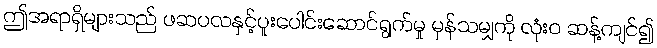
ဤအရာရှိများသည် ဖဆပလနှင့်ပူးပေါင်းဆောင်ရွက်မှု မှန်သမျှကို လုံးဝ ဆန့်ကျင်၍